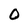
Character: O